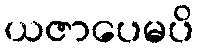
ယဇာပေမပိ